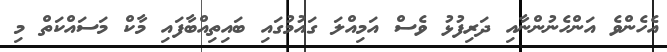
އެހެންވެ އަންހެނުންނާއި ދަރިފުޅު ވެސް އަމިއްލަ ގައުމުގައި ބައިތިއްބާފައި މާކް މަސައްކަތް މި